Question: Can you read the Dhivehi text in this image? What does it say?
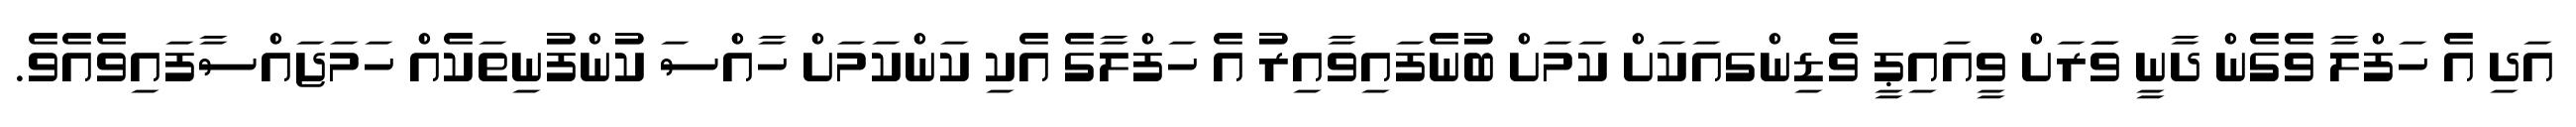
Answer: އަދި އެ ހަފްލާ ވެގެން ދާނީ ވަަރަށް ވީއައިޕީ ވެޑިންގއަކަށް ކަމަށް ބުނެފައިވާއިރު އެ ހަފްލާގެ އެކި ކަންކަމަށް ހާއްސަ ކުންފުނިތަކެއް ހަމަޖައްސާފައިވެއެވެ.